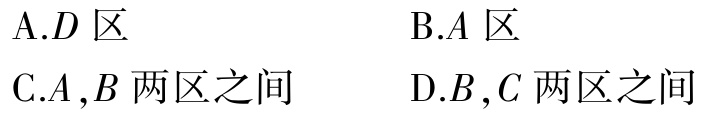
A.D 区

B.A 区

C.A ,B 两区之间

D.B ,C 两区之间